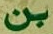
بن